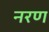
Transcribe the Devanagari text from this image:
नरण